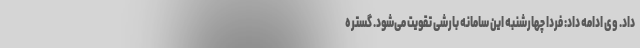
داد. وی ادامه داد: فردا چهارشنبه این سامانه بارشی تقویت می‌شود. گستره